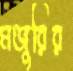
মঞ্জুরির